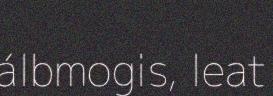
álbmogis, leat